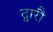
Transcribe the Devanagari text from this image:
द्वारौ